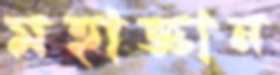
মহাজ্ঞান